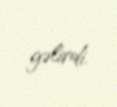
gəlirdi.